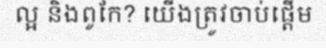
ល្អ និងពូកែ? យើងត្រូវចាប់ផ្តើម